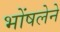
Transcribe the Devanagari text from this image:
भोंषलेने